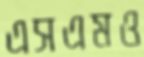
এসএমও